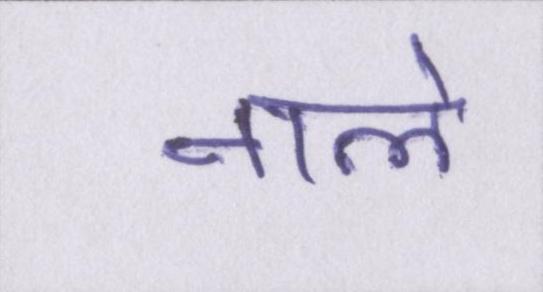
नाले